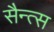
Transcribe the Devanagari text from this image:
सैन्त्स